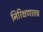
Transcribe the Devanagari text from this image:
निरिक्षणातच